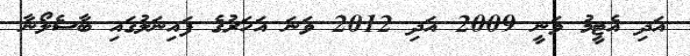
އަދި އެޓީމު ވަނީ 2009 އަދި 2012 ވަނަ އަހަރުގެ ފައިނަލުގައި ބާސެލޯނާ